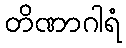
တိဏာဂါရံ